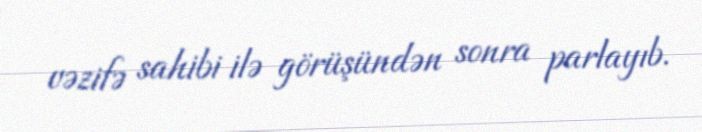
vəzifə sahibi ilə görüşündən sonra parlayıb.